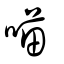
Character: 喵